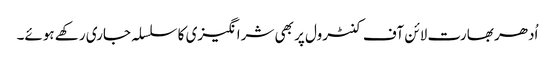
اُدھر بھارت لائن آف کنٹرول پر بھی شرانگیزی کا سلسلہ جاری رکھے ہوئے۔